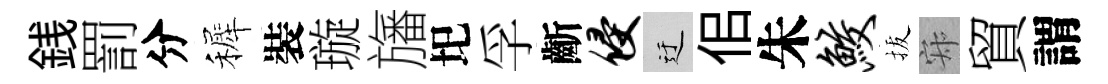
銭罰分裤裝璇旛圯孚齗侵迂佀朱鲛拔寂貿謂